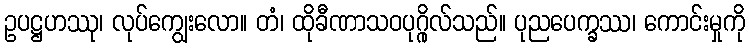
ဥပဋ္ဌဟဿု၊ လုပ်ကျွေးလော။ တံ၊ ထိုခီဏာသဝပုဂ္ဂိုလ်သည်။ ပုညပေက္ခဿ၊ ကောင်းမှုကို